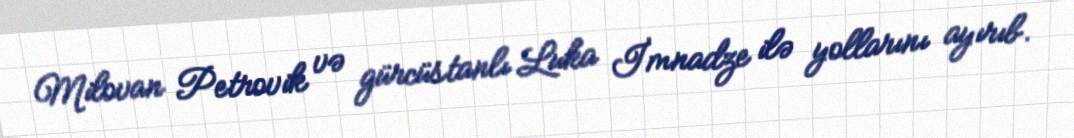
Milovan Petrovik və gürcüstanlı Luka İmnadze ilə yollarını ayırıb.